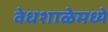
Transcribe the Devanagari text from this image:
वेधशाळेमध्ये